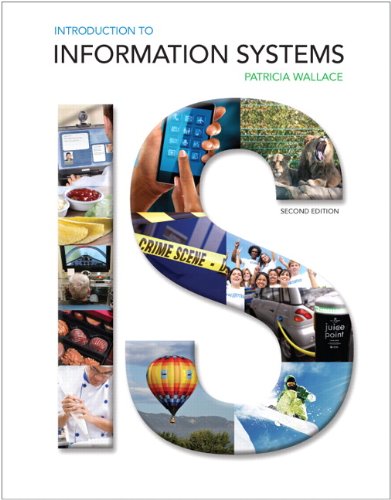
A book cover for Introduction to Information Systems (2nd Edition); Patricia Wallace; Business & Money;